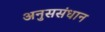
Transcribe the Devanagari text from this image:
अनुससंधान